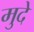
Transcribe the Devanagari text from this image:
मुदे